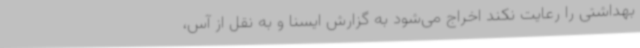
بهداشتی را رعایت نکند اخراج می‌شود به گزارش ایسنا و به نقل از آس،